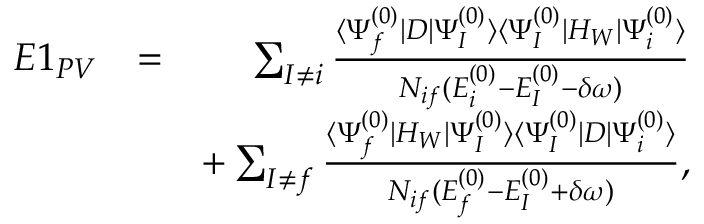
\begin{array} { r l r } { E 1 _ { P V } } & { = } & { \sum _ { I \ne i } \frac { \langle \Psi _ { f } ^ { ( 0 ) } | D | \Psi _ { I } ^ { ( 0 ) } \rangle \langle \Psi _ { I } ^ { ( 0 ) } | H _ { W } | \Psi _ { i } ^ { ( 0 ) } \rangle } { { \cal N } _ { i f } ( E _ { i } ^ { ( 0 ) } - E _ { I } ^ { ( 0 ) } - \delta \omega ) } } \\ & { } & { + \sum _ { I \ne f } \frac { \langle \Psi _ { f } ^ { ( 0 ) } | H _ { W } | \Psi _ { I } ^ { ( 0 ) } \rangle \langle \Psi _ { I } ^ { ( 0 ) } | D | \Psi _ { i } ^ { ( 0 ) } \rangle } { { \cal N } _ { i f } ( E _ { f } ^ { ( 0 ) } - E _ { I } ^ { ( 0 ) } + \delta \omega ) } , } \end{array}